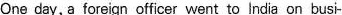
One day, a foreign officer went to India on busi-